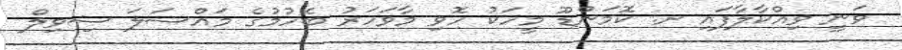
ވަނީ ވިއްކާލާފައި ށ. ކޮމަންޑޫ މީހަކު ހޮވި މާވަހަރު ބެހުމުގެ މައްސަލަ ސިވިލް